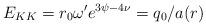
LaTeX: \begin{align*}E_{KK}=r_0\omega ^{\prime }e^{3\psi -4\nu }=q_0/a(r) \end{align*}